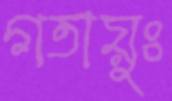
গতায়ুঃ